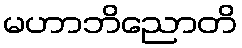
မဟာဘိညောတိ